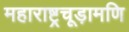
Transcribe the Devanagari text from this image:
महाराष्ट्रचूड़ामणि